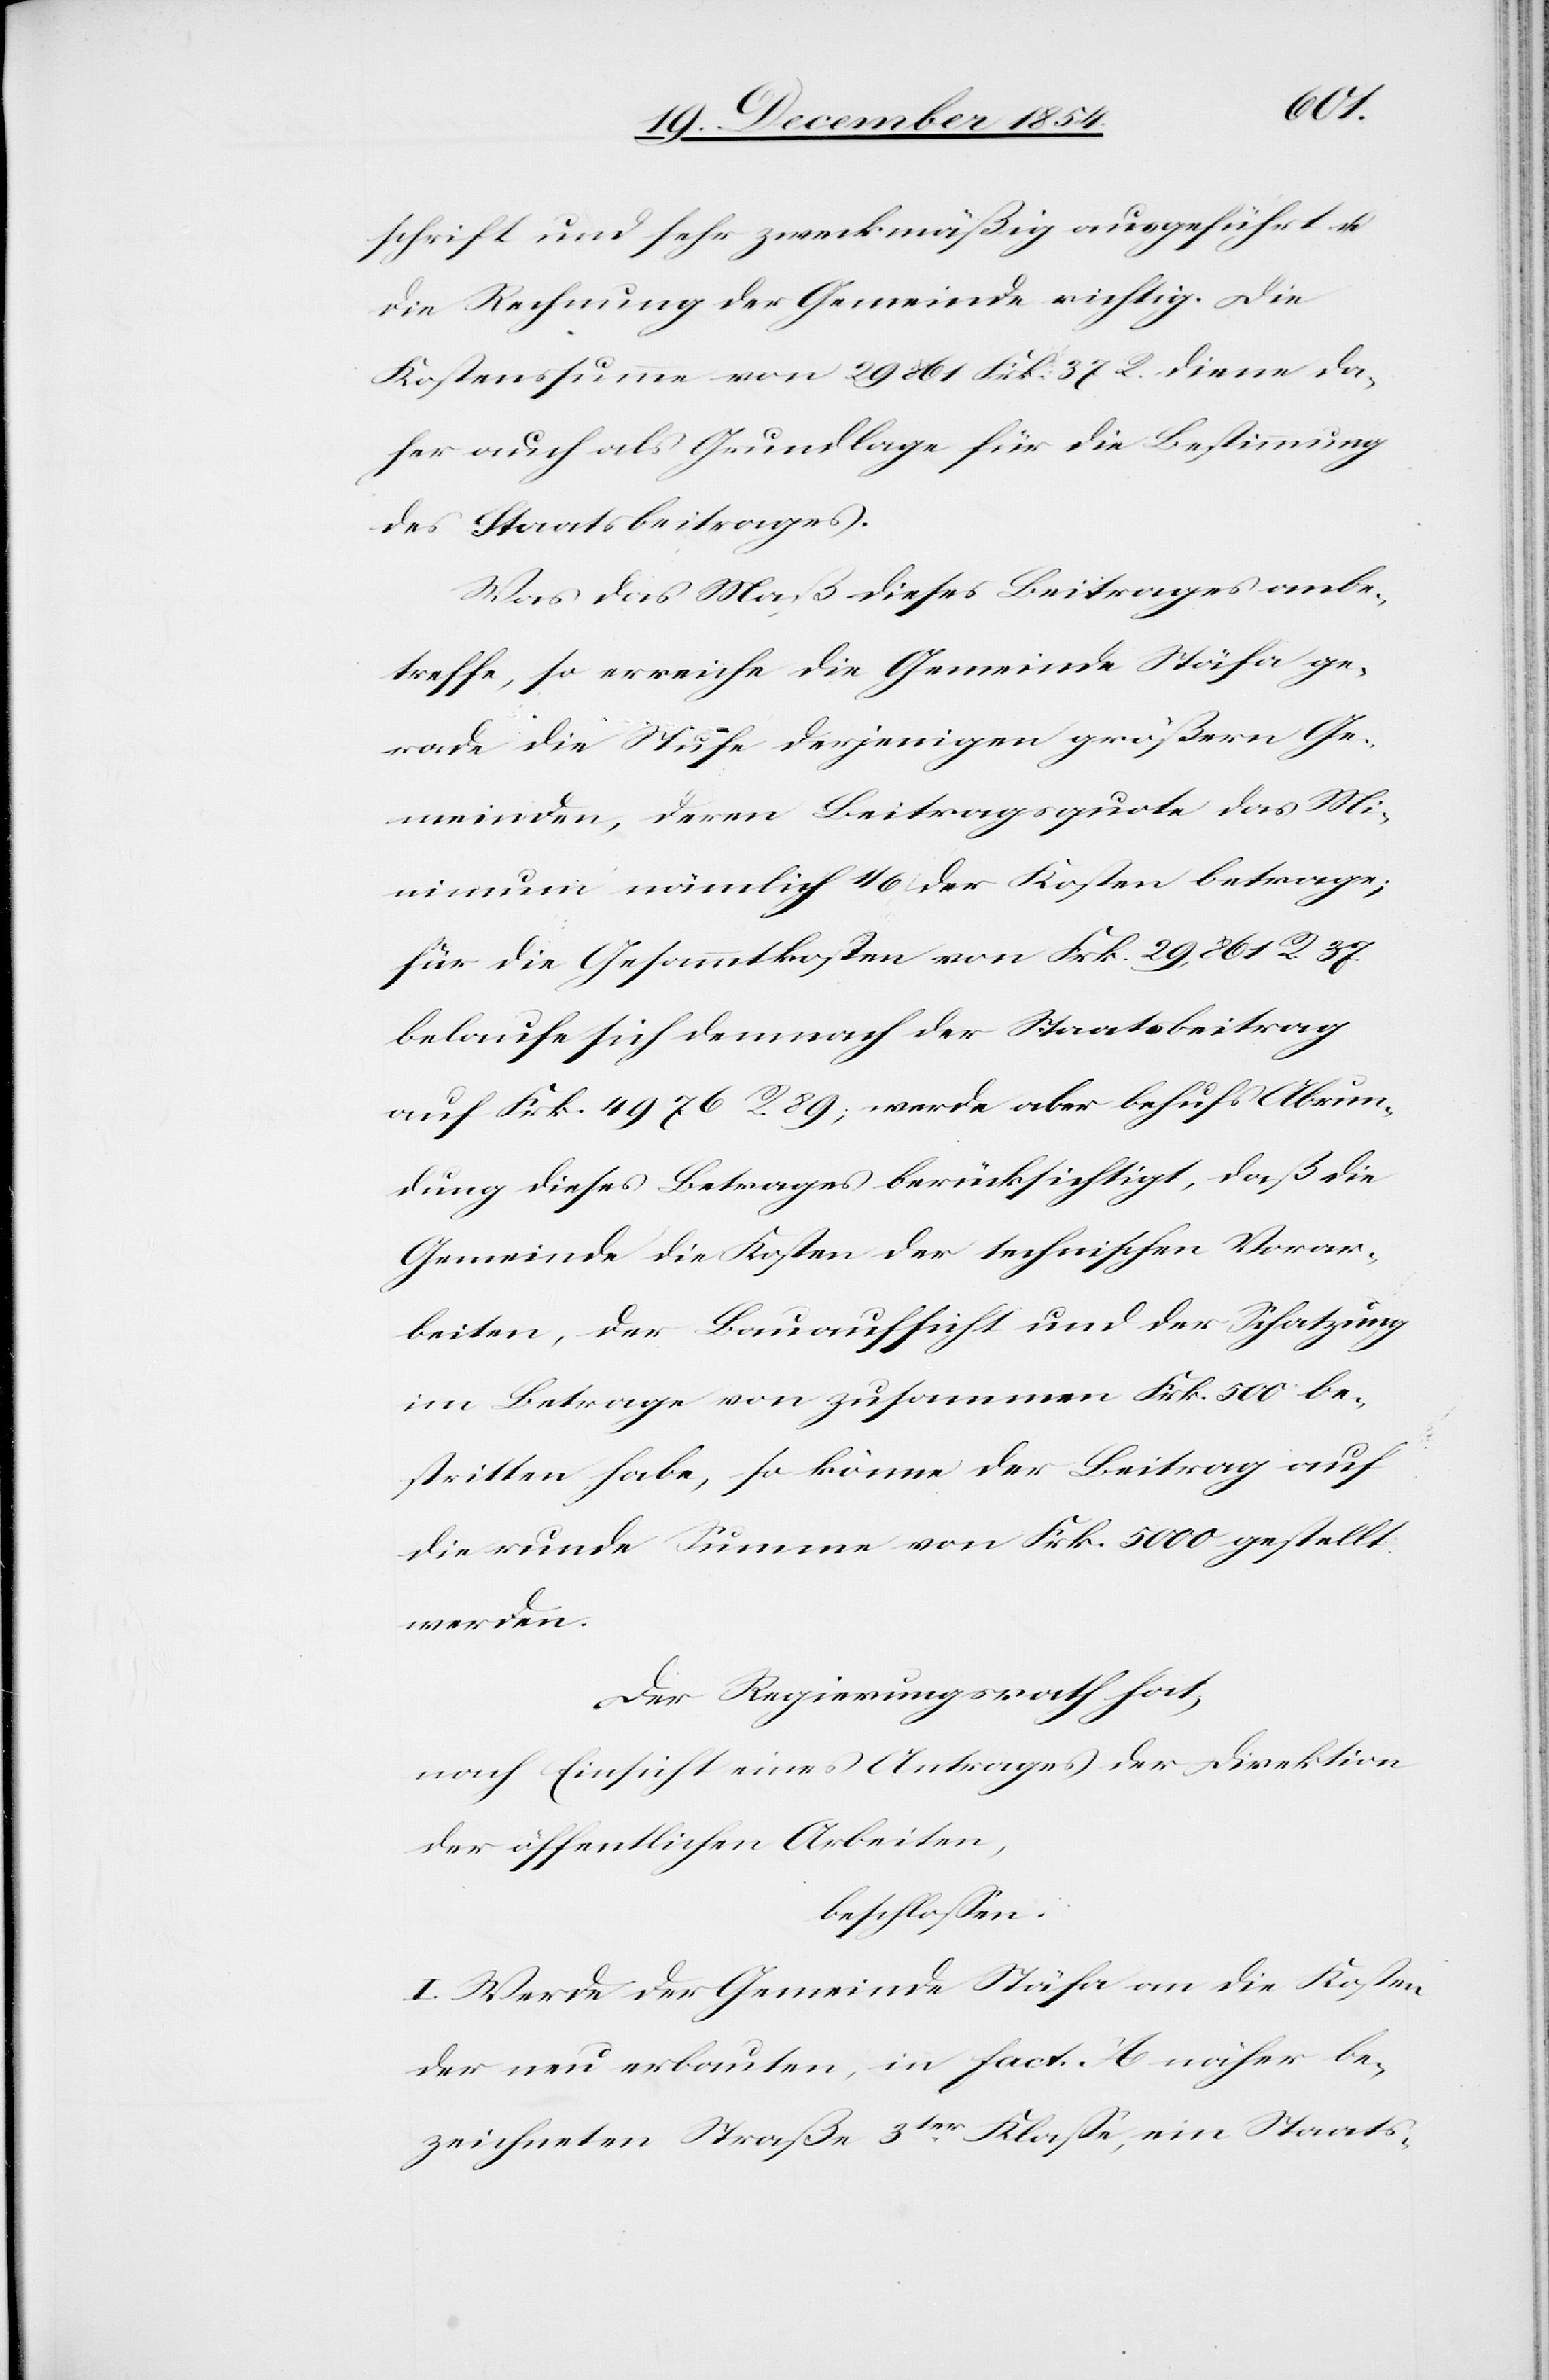
uf
schrift und sehr zweckmäßig ausgeführt u.
die Rechnung der Gemeinde richtig. Die
Kostensumme von 29 861 Frk. 37 R. diene da¬
her auch als Grundlage für die Bestimmung
des Staatsbeitrages.
Was das Maß dieses Beitrages anbe¬
treffe, so erreiche die Gemeinde Stäfa ge¬
rade die Stufe derjenigen größern Ge¬
meinden, deren Beitragsquote das Mi¬
nimum nämlich 1/6 der Kosten betrage;
für die Gesammtkosten von Frk. 39,861 R. 37.
belaufe sich demnach der Staatsbeitrag
auf Frk. 4976 R. 89; werde aber behufs Abrun¬
dung dieses Betrages berücksichtigt, daß die
Gemeinde die Kosten der technischen Vorar¬
beiten, der Bauaufsicht und der Schatzung
im Betrage von zusammen Frk. 500 a¬
die runde Summe von Frk. 5000 gestellt
werden.
Der Regierungsrath hat,
nach Einsicht eines Antrages der Direktion
der öffentlichen Arbeiten,
beschloßen:
I. Werde der Gemeinde Stäfa an die Kosten
der neu erbauten, in fact. A näher be¬
zeichneten Straße 3ter Klaße, ein Staats-